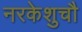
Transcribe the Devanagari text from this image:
नरकेशुचौ